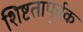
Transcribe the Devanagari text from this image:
शिष्टतापूर्वक